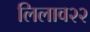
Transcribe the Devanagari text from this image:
लिलाव२२